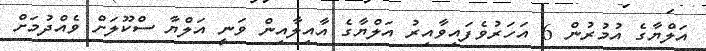
އަލްޔާގެ އުމުރުން 6 އަހަރުވެފައިވާއިރު އަލްޔާގެ އާއިލާއިން ވަނީ އަލްޔާ ސްކޫލަށް ވެއްދުމަށް